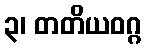
၃၊ တတိယဝဂ္ဂ